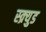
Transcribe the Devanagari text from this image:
स्क्र्युड